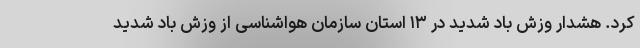
کرد. هشدار وزش باد شدید در ۱۳ استان سازمان هواشناسی از وزش باد شدید